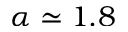
\alpha \simeq 1 . 8